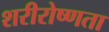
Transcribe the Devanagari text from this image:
शरीरोष्णता